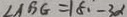
\angle A B G = 1 8 \cdot - 3 \alpha